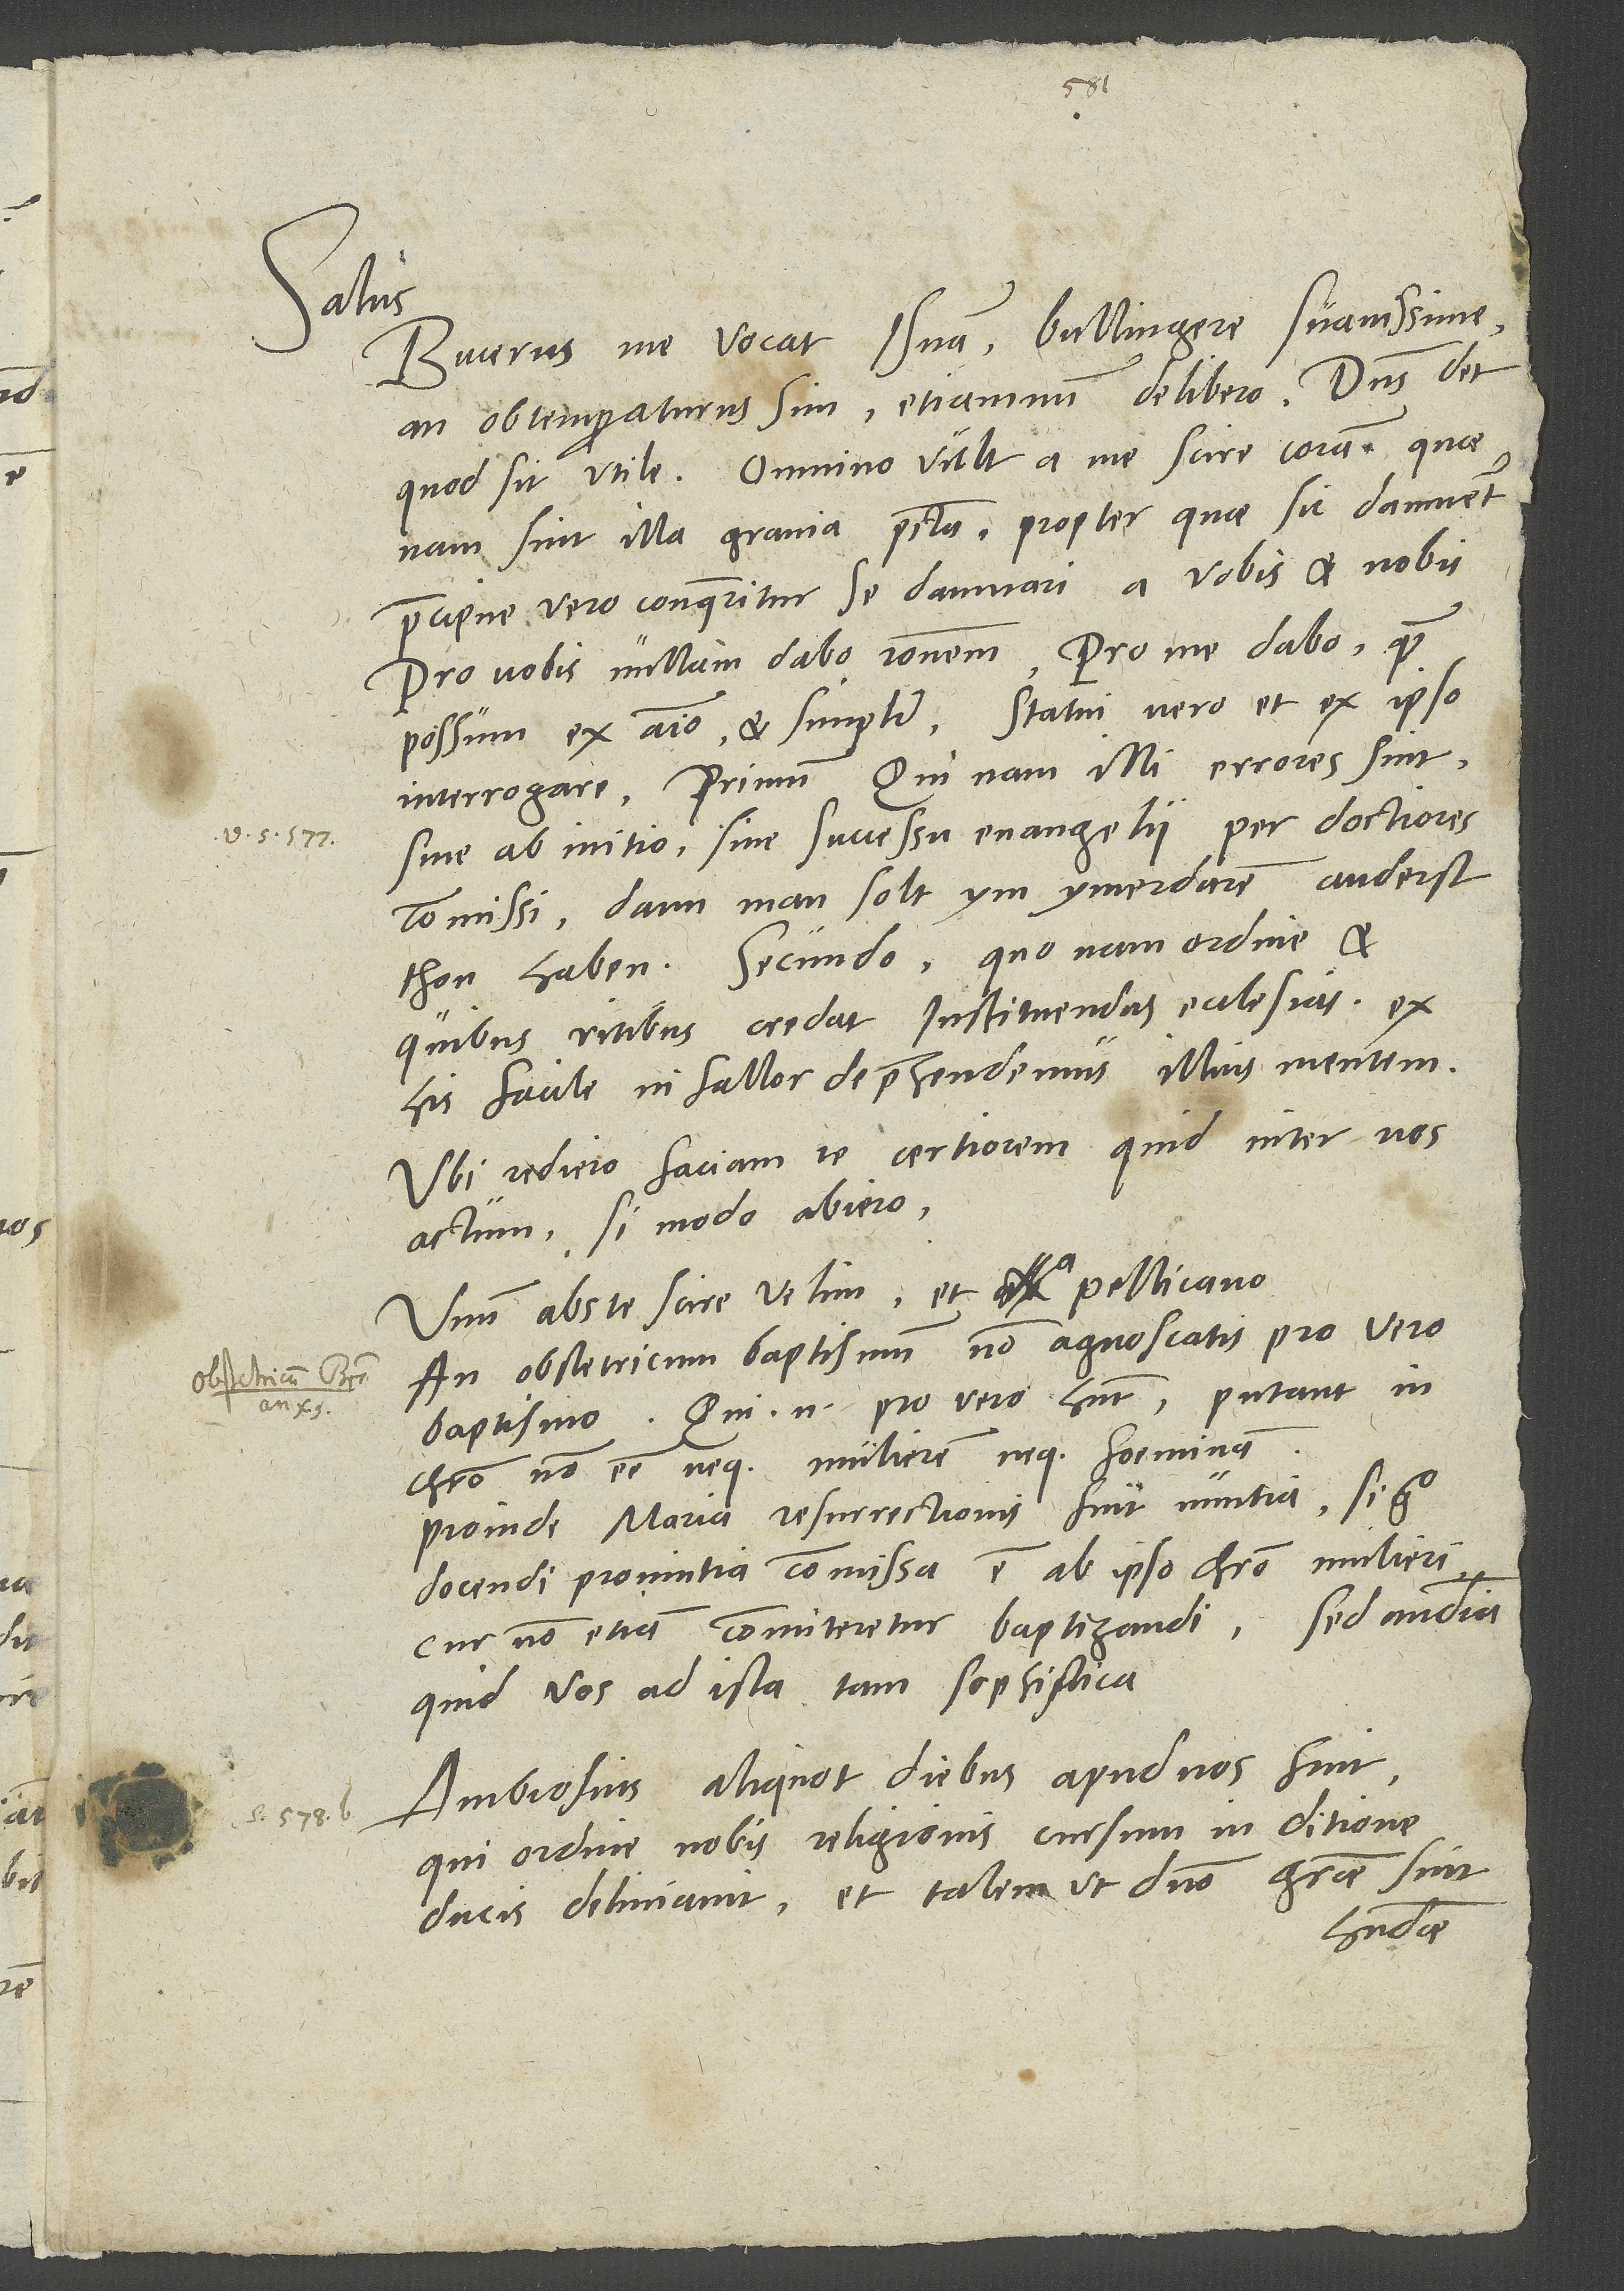
1537.
15.

Salus.
Bucerus me vocat Isnam, Bullingere suavissime;
an obtemperaturus sim, etiamnum delibero. Dominus det,
quod sit utile. Omnino vult a me scire coram, quae
nam sint illa gravia peccata, propter quae sic damnetur;
praecipue vero conqueritur se damnari a vobis et nobis.
Pro vobis nullam dabo rationem. Pro me dabo, quam
possum, ex animo et simpliciter. Statui vero et ex ipso
interrogare primum, qui nam illi errores sint
sive ab initio sive successu evangelii per doctiores
commissi; dann man solt ym ymerdaren anderst
thon haben. Secundo, quo nam ordine et
quibus ritibus credat instituendas ecclesias. Ex
his facile, ni fallor, deprehendemus illius mentem.
Ubi rediero, faciam te certiorem, quid inter nos
actum, si modo abiero.
Unum abs te scire velim et a Pellicano,
an obstetricum baptismum non agnoscatis pro vero
baptismo. Qui enim pro vero habent, putant in
Christo non esse neque mulierem neque foeminam.
Proinde Maria resurrectionis fuit nuntia. Si ergo
docendi provintia commissa est ab ipso Christo mulieri,
cur non etiam commiteretur baptizandi? Sed audiam,
quid vos ad ista tam sophistica.
Ambrosius aliquot diebus apud nos fuit,
qui ordine nobis religionis cursum in ditione
ducis deliniavit et talem, ut domino gratiae sint